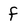
Character: f